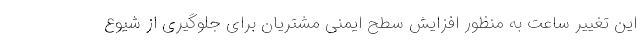
این تغییر ساعت به منظور افزایش سطح ایمنی مشتریان برای جلوگیری از شیوع